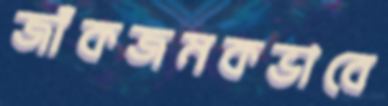
জাঁকজমকভাবে